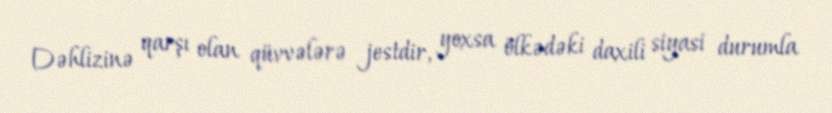
Dəhlizinə qarşı olan qüvvələrə jestdir, yoxsa ölkədəki daxili siyasi durumla